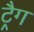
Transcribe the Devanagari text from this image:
ट्रैग